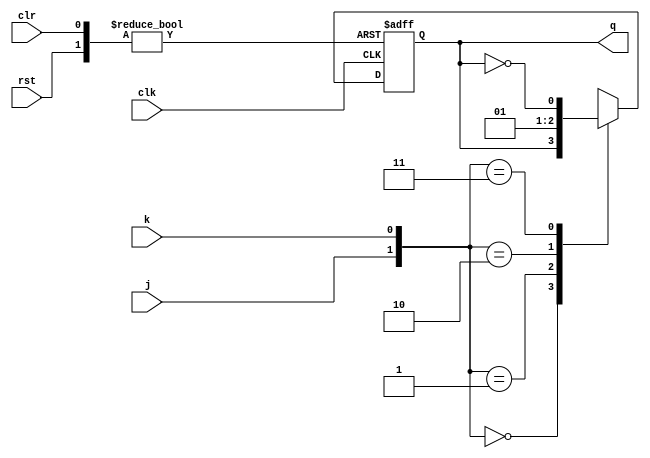
module jk_latch (
    input wire clk,
    input wire rst,
    input wire j,
    input wire k,
    input wire clr,
    output reg q
);

reg q_next;

always @(posedge clk or posedge rst or posedge clr) begin
    if (rst) begin
        q <= 1'b0;
    end else if (clr) begin
        q <= 1'b0;
    end else begin
        case ({j, k})
            2'b00: q_next = q;
            2'b01: q_next = 1'b0;
            2'b10: q_next = 1'b1;
            2'b11: q_next = ~q;
            default: q_next = q;
        endcase
        q <= q_next;
    end
end

endmodule